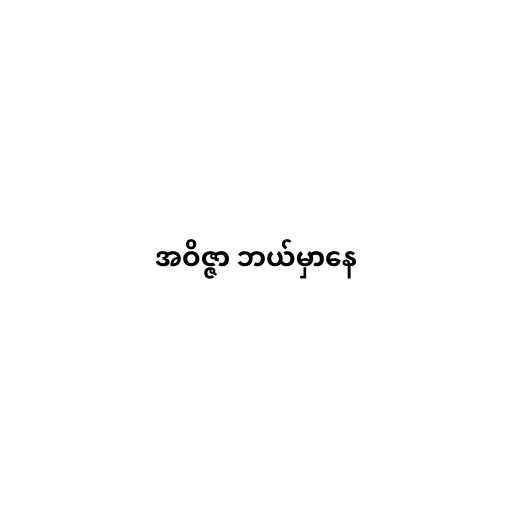
အဝိဇ္ဇာ ဘယ်မှာနေ